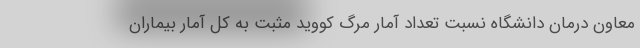
معاون درمان دانشگاه نسبت تعداد آمار مرگ کووید مثبت به کل آمار بیماران